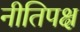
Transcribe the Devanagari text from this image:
नीतिपक्ष